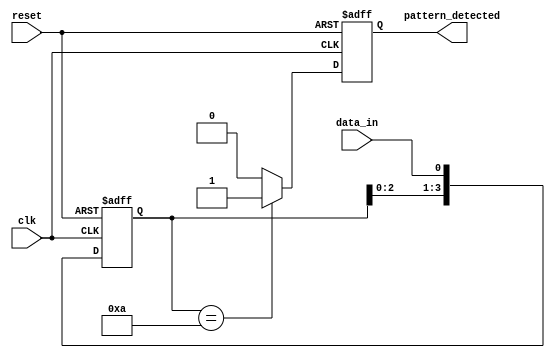
module pattern_detector (
    input wire clk,          // Clock input
    input wire reset,        // Reset signal
    input wire data_in,      // Input data stream
    output reg pattern_detected // Output signal indicating pattern detection
);

// Parameters
parameter PATTERN_LENGTH = 4; // Length of the pattern to detect
parameter [PATTERN_LENGTH-1:0] PATTERN = 4'b1010; // Pattern to detect

// Flip-Flops to store the state
reg [PATTERN_LENGTH-1:0] state;

// Sequential logic for flip-flops
always @(posedge clk or posedge reset) begin
    if (reset) begin
        // Initialize the state to zero on reset
        state <= 0;
        pattern_detected <= 0;
    end else begin
        // Shift the current state and load the new input
        state <= {state[PATTERN_LENGTH-2:0], data_in};
        
        // Check if the current state matches the pattern
        if (state == PATTERN) begin
            pattern_detected <= 1; // Set output high if pattern is detected
        end else begin
            pattern_detected <= 0; // Clear output if pattern is not detected
        end
    end
end

endmodule